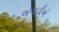
બગાડીએ